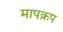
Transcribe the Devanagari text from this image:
मापक्रप